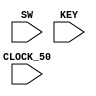
module part_2(CLOCK_50, SW, KEY);
	input	CLOCK_50;				//	50 MHz
	input   [9:0]   SW;
	input   [3:0]   KEY;

	wire resetn, go1, go2;
	assign resetn = KEY[0];
	assign go1 = ~KEY[3];
	assign go2 = ~KEY[1];
	
	// Create the colour, x, y and writeEn wires that are inputs to the controller.
	wire [2:0] colour;
	wire [7:0] x;
	wire [6:0] y;
	wire writeEn;
	wire enable, ld_x, ld_y, ld_colour;

	datapath d0(
			.resetn(resetn),
			.clock(CLOCK_50),
			.colour(colour),
			.enable(enable),
			.x(x),
			.y(y),
			.ld_x(ld_x),
			.ld_y(ld_y),
			.ld_colour(ld_colour),
			.coord_in(SW[6:0]),
			.colour_in(SW[9:7])
			);
    // Instansiate FSM control
    // control c0(...);
    control c0(
    		.resetn(resetn),
    		.clock(CLOCK_50),
    		.go_1(go1),
    		.go_2(go2),
    		.ld_x(ld_x),
    		.ld_y(ld_y),
    		.ld_colour(ld_colour),
    		.enable(enable),
    		.wren(writeEn)
    		);
endmodule

module control(
	input resetn,
	input clock,
	input go_1,
	input go_2,
	output reg ld_x, ld_y, ld_colour,
	output reg enable,
	output reg wren
	);

	wire divider_to_control, en;
	assign en = enable;

	reg [2:0] current_state, next_state;

	localparam  S_LOAD_X		= 3'd0,
			    S_LOAD_X_WAIT 	= 3'd1,
			    S_LOAD_Y		= 3'd2,
			    S_LOAD_Y_WAIT 	= 3'd3,
			    S_CYCLE_0 		= 3'd4,
			    S_CYCLE_1		= 3'd5;

	rate_divider r0(
			.clk(clock),
			.resetn(resetn),
			.en(en),
			.q(divider_to_control)
			);

	always @(*)
	begin: state_table
		case (current_state)
			S_LOAD_X: next_state = go_1 ? S_LOAD_X_WAIT : S_LOAD_X;
			S_LOAD_X_WAIT: next_state = go_1 ? S_LOAD_X_WAIT : S_LOAD_Y;
			S_LOAD_Y: next_state = go_2 ? S_LOAD_Y_WAIT : S_LOAD_Y;
			S_LOAD_Y_WAIT: next_state = go_2 ? S_LOAD_Y_WAIT : S_CYCLE_0;
			S_CYCLE_0: next_state = divider_to_control ? S_CYCLE_1 : S_CYCLE_0;	
			S_CYCLE_1: next_state = S_LOAD_X;
			default: next_state = S_LOAD_X;
		endcase
	end

	always @(*)
	begin: enable_signals
		ld_x = 1'b0;
		ld_y = 1'b0;
		ld_colour = 1'b0;
		enable = 1'b0;
		wren = 1'b0;

		case (current_state)
			S_LOAD_X:
			begin
				ld_x = 1'b1;
			end
			S_LOAD_Y:
			begin
				ld_y = 1'b1;
			end
			S_CYCLE_0:
			begin
				ld_colour = 1'b1;
				enable = 1'b1;
			end
			S_CYCLE_1:
			begin
				wren = 1'b1;
			end
		endcase
	end

	always @(posedge clock)
	begin: state_FFs
		if (~resetn)
			current_state <= S_LOAD_X;
		else 
			current_state <= next_state;
	end

endmodule

module datapath(
	input resetn,
	input clock,
	input enable,
	input [6:0] coord_in,
	input [2:0] colour_in,
	input ld_x,
	input ld_y,
	input ld_colour,
	output [7:0] x,
	output [6:0] y,
	output [2:0] colour
	);

	reg [7:0] x_data;
	reg [6:0] y_data;
	reg [2:0] colour_data;
	wire [3:0] counter_to_value;
	wire [1:0] x_value, y_value;

	counter t0(
			.clk(clock),
			.en(enable),
			.resetn(resetn),
			.q(counter_to_value)
			);

	always @(posedge clock)
	begin
		if (~resetn)
		begin
			x_data <= 0;
			y_data <= 0;
			colour_data <= 0;
		end
		else
		begin
			if (ld_x)
				x_data <= {1'b0, coord_in};
			if (ld_y)
				y_data <= coord_in;
			if (ld_colour)
				colour_data <= colour_in;
		end
	end
	assign x_value = ~enable ? 0 : counter_to_value[1:0];
	assign y_value = ~enable ? 0 : counter_to_value[3:2];
	assign x = ~resetn ? 0 : x_data + x_value;
	assign y = ~resetn ? 0 : y_data + y_value;
	assign colour = colour_data;

endmodule

module counter(
	input clk,
	input resetn,
	input en,
	output reg [3:0] q
	);

	always @(posedge clk)
	begin
		if (~resetn)
			q <= 4'b1111;
		else if (en)
		begin
			if (q == 4'b1111)
				q <= 4'b0000;
			else
				q <= q + 1'b1;
		end
	end
endmodule

module rate_divider(
	input clk,
	input resetn,
	input en,
	output q
	);
	reg [4:0] out;

	always @(posedge clk)
	begin
		if (~resetn)
			out <= 5'b10000;
		else if (en)
		begin 
			if (out == 5'b00001)
				out <= 5'b10000;
			else
			 	out <= out - 1'b1;
		end
	end
	assign q = (out == 5'b00001) ? 1 : 0;
endmodule